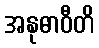
အနုဓာဝီတိ